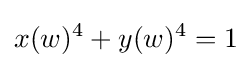
x(w)^{4}+y(w)^{4}=1